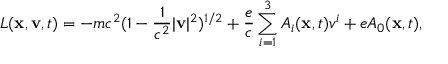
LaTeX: L ( { \bf x } , { \bf v } , t ) = - m c ^ { 2 } ( 1 - \frac { 1 } { c ^ { 2 } } | { \bf v } | ^ { 2 } ) ^ { 1 / 2 } + \frac { e } { c } \sum _ { i = 1 } ^ { 3 } A _ { i } ( { \bf x } , t ) v ^ { i } + e A _ { 0 } ( { \bf x } , t ) ,